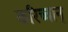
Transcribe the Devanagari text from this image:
करिच्चान्‌